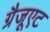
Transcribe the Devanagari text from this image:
ग्रैजूएट